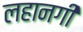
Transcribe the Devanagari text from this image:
लहानगी